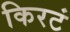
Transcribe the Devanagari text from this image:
किरटं